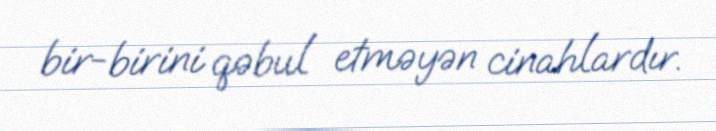
bir-birini qəbul etməyən cinahlardır.